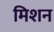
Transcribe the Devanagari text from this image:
मिशन